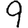
Digit: 9